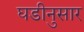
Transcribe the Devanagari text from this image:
घडीनुसार